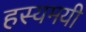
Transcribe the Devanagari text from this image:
हस्यमयी